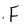
Character: F